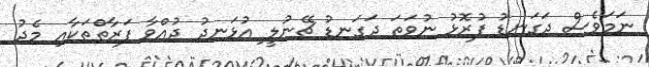
ނަމަވެސް ދަގަނޑު ފުރޮޅު ނުވަތަ ދަގަނޑު ޗޭނުލީ އުޅަނދު ދުއްވާ ފަރާތްތަކާއި މެދު